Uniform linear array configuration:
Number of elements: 16
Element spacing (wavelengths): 0.5
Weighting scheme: hamming
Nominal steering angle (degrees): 45
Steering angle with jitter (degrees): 44.353
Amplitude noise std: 0.05
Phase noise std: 0.05

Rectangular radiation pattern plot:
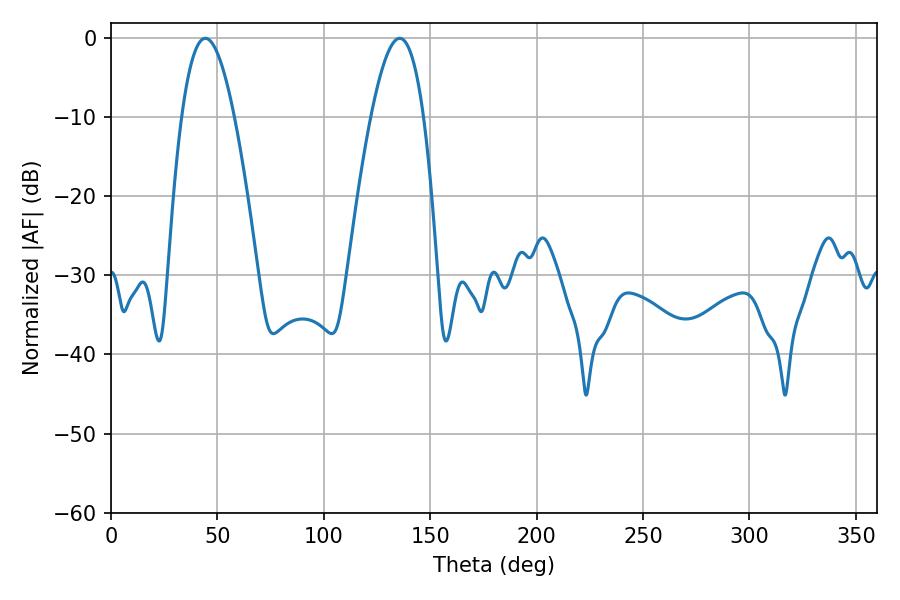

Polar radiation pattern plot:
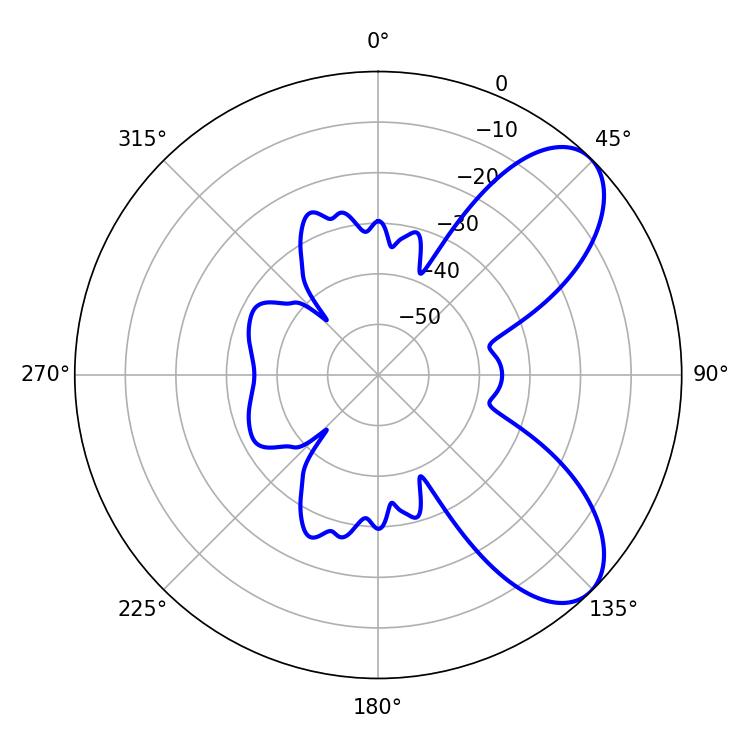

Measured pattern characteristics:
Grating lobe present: FALSE
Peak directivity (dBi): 7.482
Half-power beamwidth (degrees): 13.5
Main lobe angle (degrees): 44.28